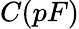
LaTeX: C(pF)